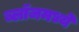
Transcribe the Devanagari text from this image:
ब्लॉजमध्ये